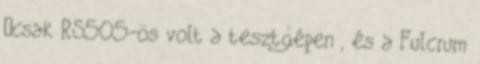
„csak RS505-ös volt a tesztgépen , és a Fulcrum